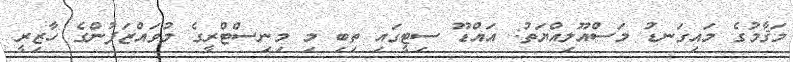
މަޤާމުގެ މައިގަނޑު މަސްއޫލިއްޔަތު: އައްޑޫ ސިޓީގައި ތިބި މި މިނިސްޓްރީގެ މުވައްޒަފުންގެ ހާޒިރީ